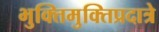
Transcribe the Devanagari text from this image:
भुक्तिमुक्तिप्रदात्रे